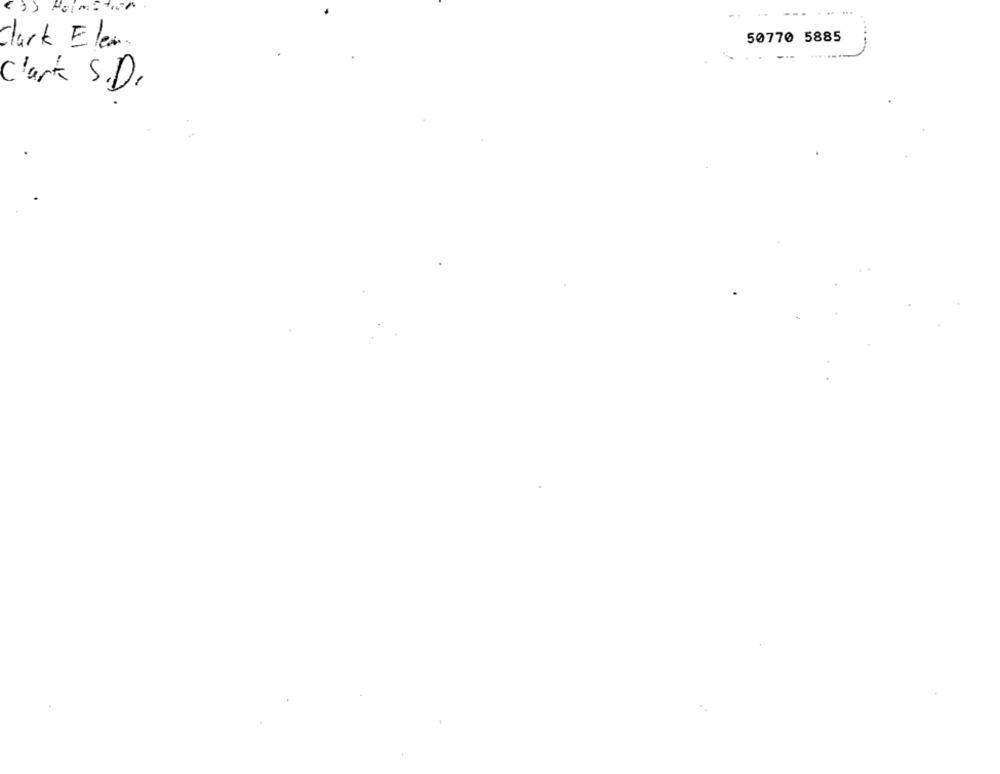
50770 5885
Clark Elen .
Clark S.D.